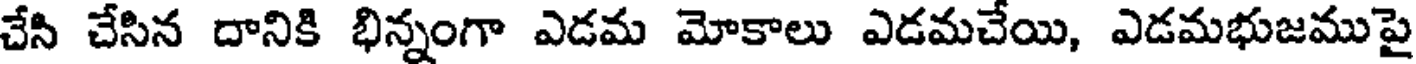
చేసి చేసిన దానికి భిన్నంగా ఎడమ మోకాలు ఎడమచేయి, ఎడమభుజముపై